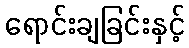
ရောင်းချခြင်းနှင့်